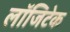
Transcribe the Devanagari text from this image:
लॉजिटेक